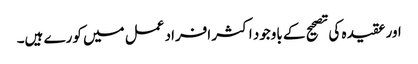
اور عقیدہ کی تصحیح کے باوجود اکثر افراد عمل میں کورے ہیں۔